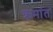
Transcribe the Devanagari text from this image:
क्रमांत